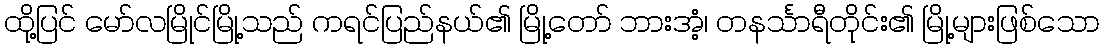
ထို့ပြင် မော်လမြိုင်မြို့သည် ကရင်ပြည်နယ်၏ မြို့တော် ဘားအံ့၊ တနင်္သာရီတိုင်း၏ မြို့များဖြစ်သော